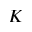
K